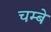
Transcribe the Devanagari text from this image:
चम्बे